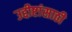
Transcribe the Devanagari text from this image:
उद्दीष्टांसाठी